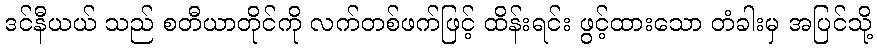
ဒင်နီယယ် သည် စတီယာတိုင်ကို လက်တစ်ဖက်ဖြင့် ထိန်းရင်း ဖွင့်ထားသော တံခါးမှ အပြင်သို့